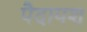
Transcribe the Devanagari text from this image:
पैदायश